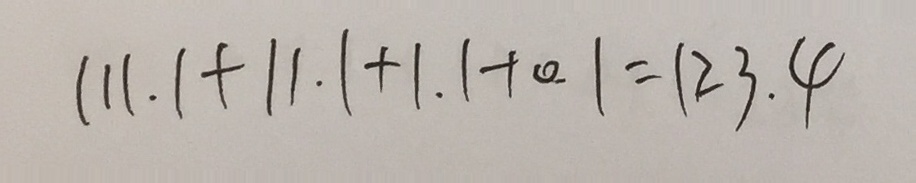
1 1 1 . 1 + 1 1 . 1 + 1 . 1 + 0 . 1 = 1 2 3 . 4